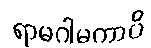
ရာမဂါမကာပိ